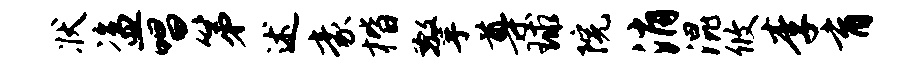
状盗唱第述豪楷擎尊球院消混攸李育